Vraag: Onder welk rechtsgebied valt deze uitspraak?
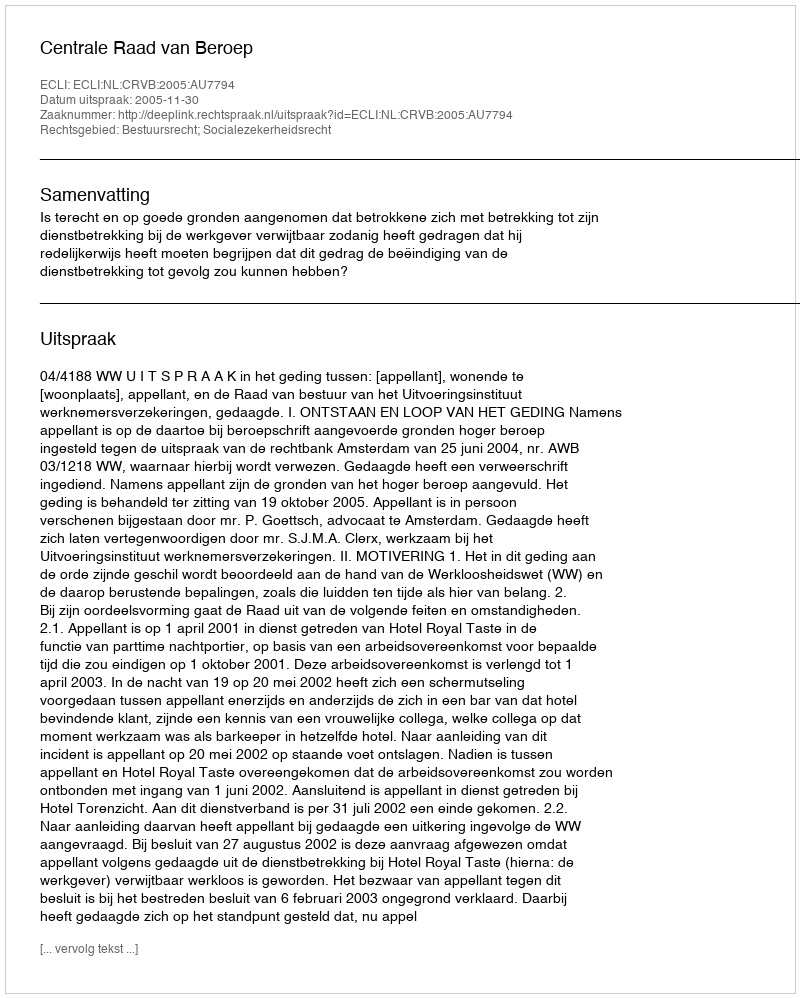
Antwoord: Bestuursrecht; Socialezekerheidsrecht